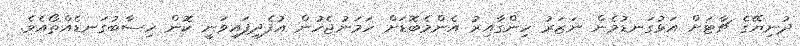
ދުނިޔޭގެ ޗާޓަށް އަޅުގަނޑުމެން ނަޒަރު ހިންގާއިރު އެންމެބޮޑަށް ހަމަނުޖެހުން އުފެދިފައިވަނީ ކޮން ހިސާބުގަނޑެއްތޯއެވެ.